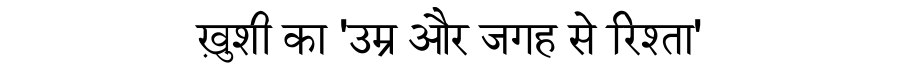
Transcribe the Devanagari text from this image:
ख़ुशी का 'उम्र और जगह से रिश्ता'